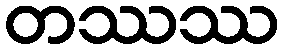
တဿဿ